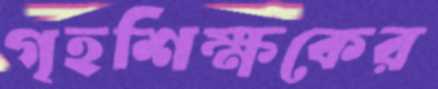
গৃহশিক্ষকের